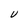
Character: U